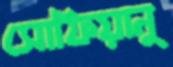
সোফিয়ানু